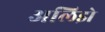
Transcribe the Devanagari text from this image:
अलिझे